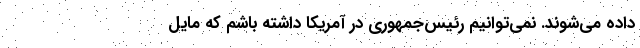
داده می‌شوند. نمی‌توانیم رئیس‌جمهوری در آمریکا داشته باشم که مایل